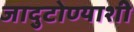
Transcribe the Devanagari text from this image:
जादुटोण्याशी